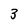
Character: 3